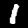
Digit: 1